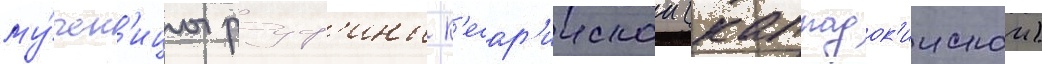
му́чен'ицы руф'ины к'есар'иискои (каппадок'иискои)